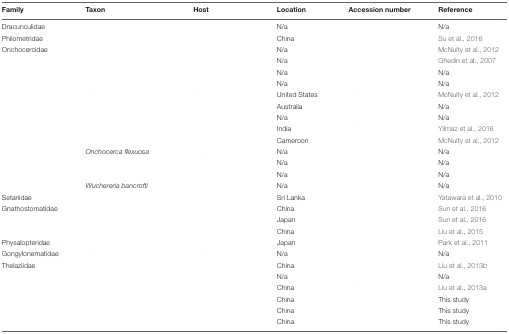
<table><thead><tr><td><b>Family</b></td><td><b>Taxon</b></td><td><b>Host</b></td><td><b>Location</b></td><td><b>Accession number</b></td><td><b>Reference</b></td></tr></thead><tbody><tr><td>Dracunculidae</td><td>[EMPTY_CELL]</td><td>[EMPTY_CELL]</td><td>N/a</td><td>[EMPTY_CELL]</td><td>N/a</td></tr><tr><td>Philometridae</td><td>[EMPTY_CELL]</td><td>[EMPTY_CELL]</td><td>China</td><td>[EMPTY_CELL]</td><td>Su et al., 2016</td></tr><tr><td>Onchocercidae</td><td>[EMPTY_CELL]</td><td>[EMPTY_CELL]</td><td>N/a</td><td>[EMPTY_CELL]</td><td>McNulty et al., 2012</td></tr><tr><td>[EMPTY_CELL]</td><td>[EMPTY_CELL]</td><td>[EMPTY_CELL]</td><td>N/a</td><td>[EMPTY_CELL]</td><td>Ghedin et al., 2007</td></tr><tr><td>[EMPTY_CELL]</td><td>[EMPTY_CELL]</td><td>[EMPTY_CELL]</td><td>N/a</td><td>[EMPTY_CELL]</td><td>N/a</td></tr><tr><td>[EMPTY_CELL]</td><td>[EMPTY_CELL]</td><td>[EMPTY_CELL]</td><td>N/a</td><td>[EMPTY_CELL]</td><td>N/a</td></tr><tr><td>[EMPTY_CELL]</td><td>[EMPTY_CELL]</td><td>[EMPTY_CELL]</td><td>United States</td><td>[EMPTY_CELL]</td><td>McNulty et al., 2012</td></tr><tr><td>[EMPTY_CELL]</td><td>[EMPTY_CELL]</td><td>[EMPTY_CELL]</td><td>Australia</td><td>[EMPTY_CELL]</td><td>N/a</td></tr><tr><td>[EMPTY_CELL]</td><td>[EMPTY_CELL]</td><td>[EMPTY_CELL]</td><td>N/a</td><td>[EMPTY_CELL]</td><td>N/a</td></tr><tr><td>[EMPTY_CELL]</td><td>[EMPTY_CELL]</td><td>[EMPTY_CELL]</td><td>India</td><td>[EMPTY_CELL]</td><td>Yilmaz et al., 2016</td></tr><tr><td>[EMPTY_CELL]</td><td>[EMPTY_CELL]</td><td>[EMPTY_CELL]</td><td>Cameroon</td><td>[EMPTY_CELL]</td><td>McNulty et al., 2012</td></tr><tr><td>[EMPTY_CELL]</td><td><i>Onchocerca flexuosa</i></td><td>[EMPTY_CELL]</td><td>N/a</td><td>[EMPTY_CELL]</td><td>N/a</td></tr><tr><td>[EMPTY_CELL]</td><td>[EMPTY_CELL]</td><td>[EMPTY_CELL]</td><td>N/a</td><td>[EMPTY_CELL]</td><td>N/a</td></tr><tr><td>[EMPTY_CELL]</td><td>[EMPTY_CELL]</td><td>[EMPTY_CELL]</td><td>N/a</td><td>[EMPTY_CELL]</td><td>N/a</td></tr><tr><td>[EMPTY_CELL]</td><td><i>Wuchereria bancrofti</i></td><td>[EMPTY_CELL]</td><td>N/a</td><td>[EMPTY_CELL]</td><td>N/a</td></tr><tr><td>Setariidae</td><td>[EMPTY_CELL]</td><td>[EMPTY_CELL]</td><td>Sri Lanka</td><td>[EMPTY_CELL]</td><td>Yatawara et al., 2010</td></tr><tr><td>Gnathostomatidae</td><td>[EMPTY_CELL]</td><td>[EMPTY_CELL]</td><td>China</td><td>[EMPTY_CELL]</td><td>Sun et al., 2016</td></tr><tr><td>[EMPTY_CELL]</td><td>[EMPTY_CELL]</td><td>[EMPTY_CELL]</td><td>Japan</td><td>[EMPTY_CELL]</td><td>Sun et al., 2016</td></tr><tr><td>[EMPTY_CELL]</td><td>[EMPTY_CELL]</td><td>[EMPTY_CELL]</td><td>China</td><td>[EMPTY_CELL]</td><td>Liu et al., 2015</td></tr><tr><td>Physalopteridae</td><td>[EMPTY_CELL]</td><td>[EMPTY_CELL]</td><td>Japan</td><td>[EMPTY_CELL]</td><td>Park et al., 2011</td></tr><tr><td>Gongylonematidae</td><td>[EMPTY_CELL]</td><td>[EMPTY_CELL]</td><td>N/a</td><td>[EMPTY_CELL]</td><td>N/a</td></tr><tr><td>Thelaziidae</td><td>[EMPTY_CELL]</td><td>[EMPTY_CELL]</td><td>China</td><td>[EMPTY_CELL]</td><td>Liu et al., 2013b</td></tr><tr><td>[EMPTY_CELL]</td><td>[EMPTY_CELL]</td><td>[EMPTY_CELL]</td><td>N/a</td><td>[EMPTY_CELL]</td><td>N/a</td></tr><tr><td>[EMPTY_CELL]</td><td>[EMPTY_CELL]</td><td>[EMPTY_CELL]</td><td>China</td><td>[EMPTY_CELL]</td><td>Liu et al., 2013a</td></tr><tr><td>[EMPTY_CELL]</td><td>[EMPTY_CELL]</td><td>[EMPTY_CELL]</td><td>China</td><td>[EMPTY_CELL]</td><td>This study</td></tr><tr><td>[EMPTY_CELL]</td><td>[EMPTY_CELL]</td><td>[EMPTY_CELL]</td><td>China</td><td>[EMPTY_CELL]</td><td>This study</td></tr><tr><td>[EMPTY_CELL]</td><td>[EMPTY_CELL]</td><td>[EMPTY_CELL]</td><td>China</td><td>[EMPTY_CELL]</td><td>This study</td></tr></tbody></table>